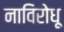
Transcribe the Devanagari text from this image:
नाविरोधू